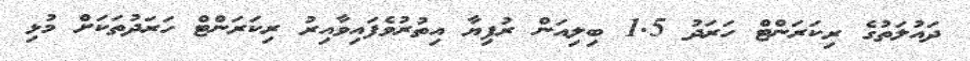
ދައުލަތުގެ ރިކަރަންޓް ހަރަދު 1.5 ބިލިއަން ރުފިޔާ އިތުރުވެފައިވާއިރު ރިކަރަންޓް ހަރަދުތަކަށް މުޅި